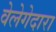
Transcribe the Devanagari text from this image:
वेलेगेदारा